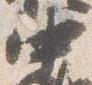
中